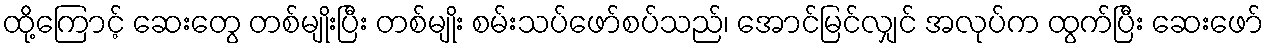
ထို့ကြောင့် ဆေးတွေ တစ်မျိုးပြီး တစ်မျိုး စမ်းသပ်ဖော်စပ်သည်၊ အောင်မြင်လျှင် အလုပ်က ထွက်ပြီး ဆေးဖော်